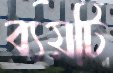
ব্যয়টি